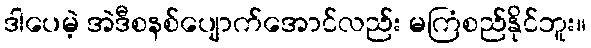
ဒါပေမဲ့ အဲဒီစနစ်ပျောက်အောင်လည်း မကြံစည်နိုင်ဘူး။